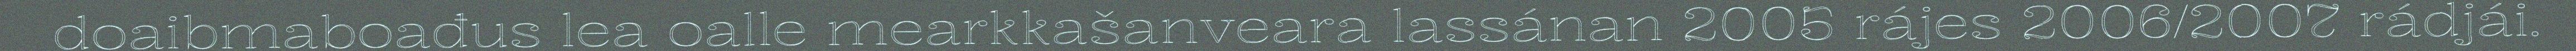
doaibmaboađus lea oalle mearkkašanveara lassánan 2005 rájes 2006/2007 rádjái.